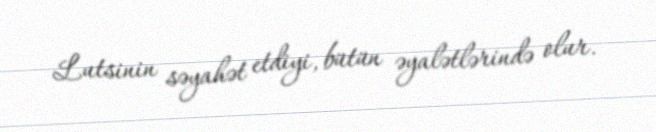
Lutsinin səyahət etdiyi, bütün əyalətlərində olur.